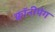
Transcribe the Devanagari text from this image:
क्वॉनीपेग